65_HS1-834228961_62-HQ-83894_Section_3
Agency: FBI
Page 13
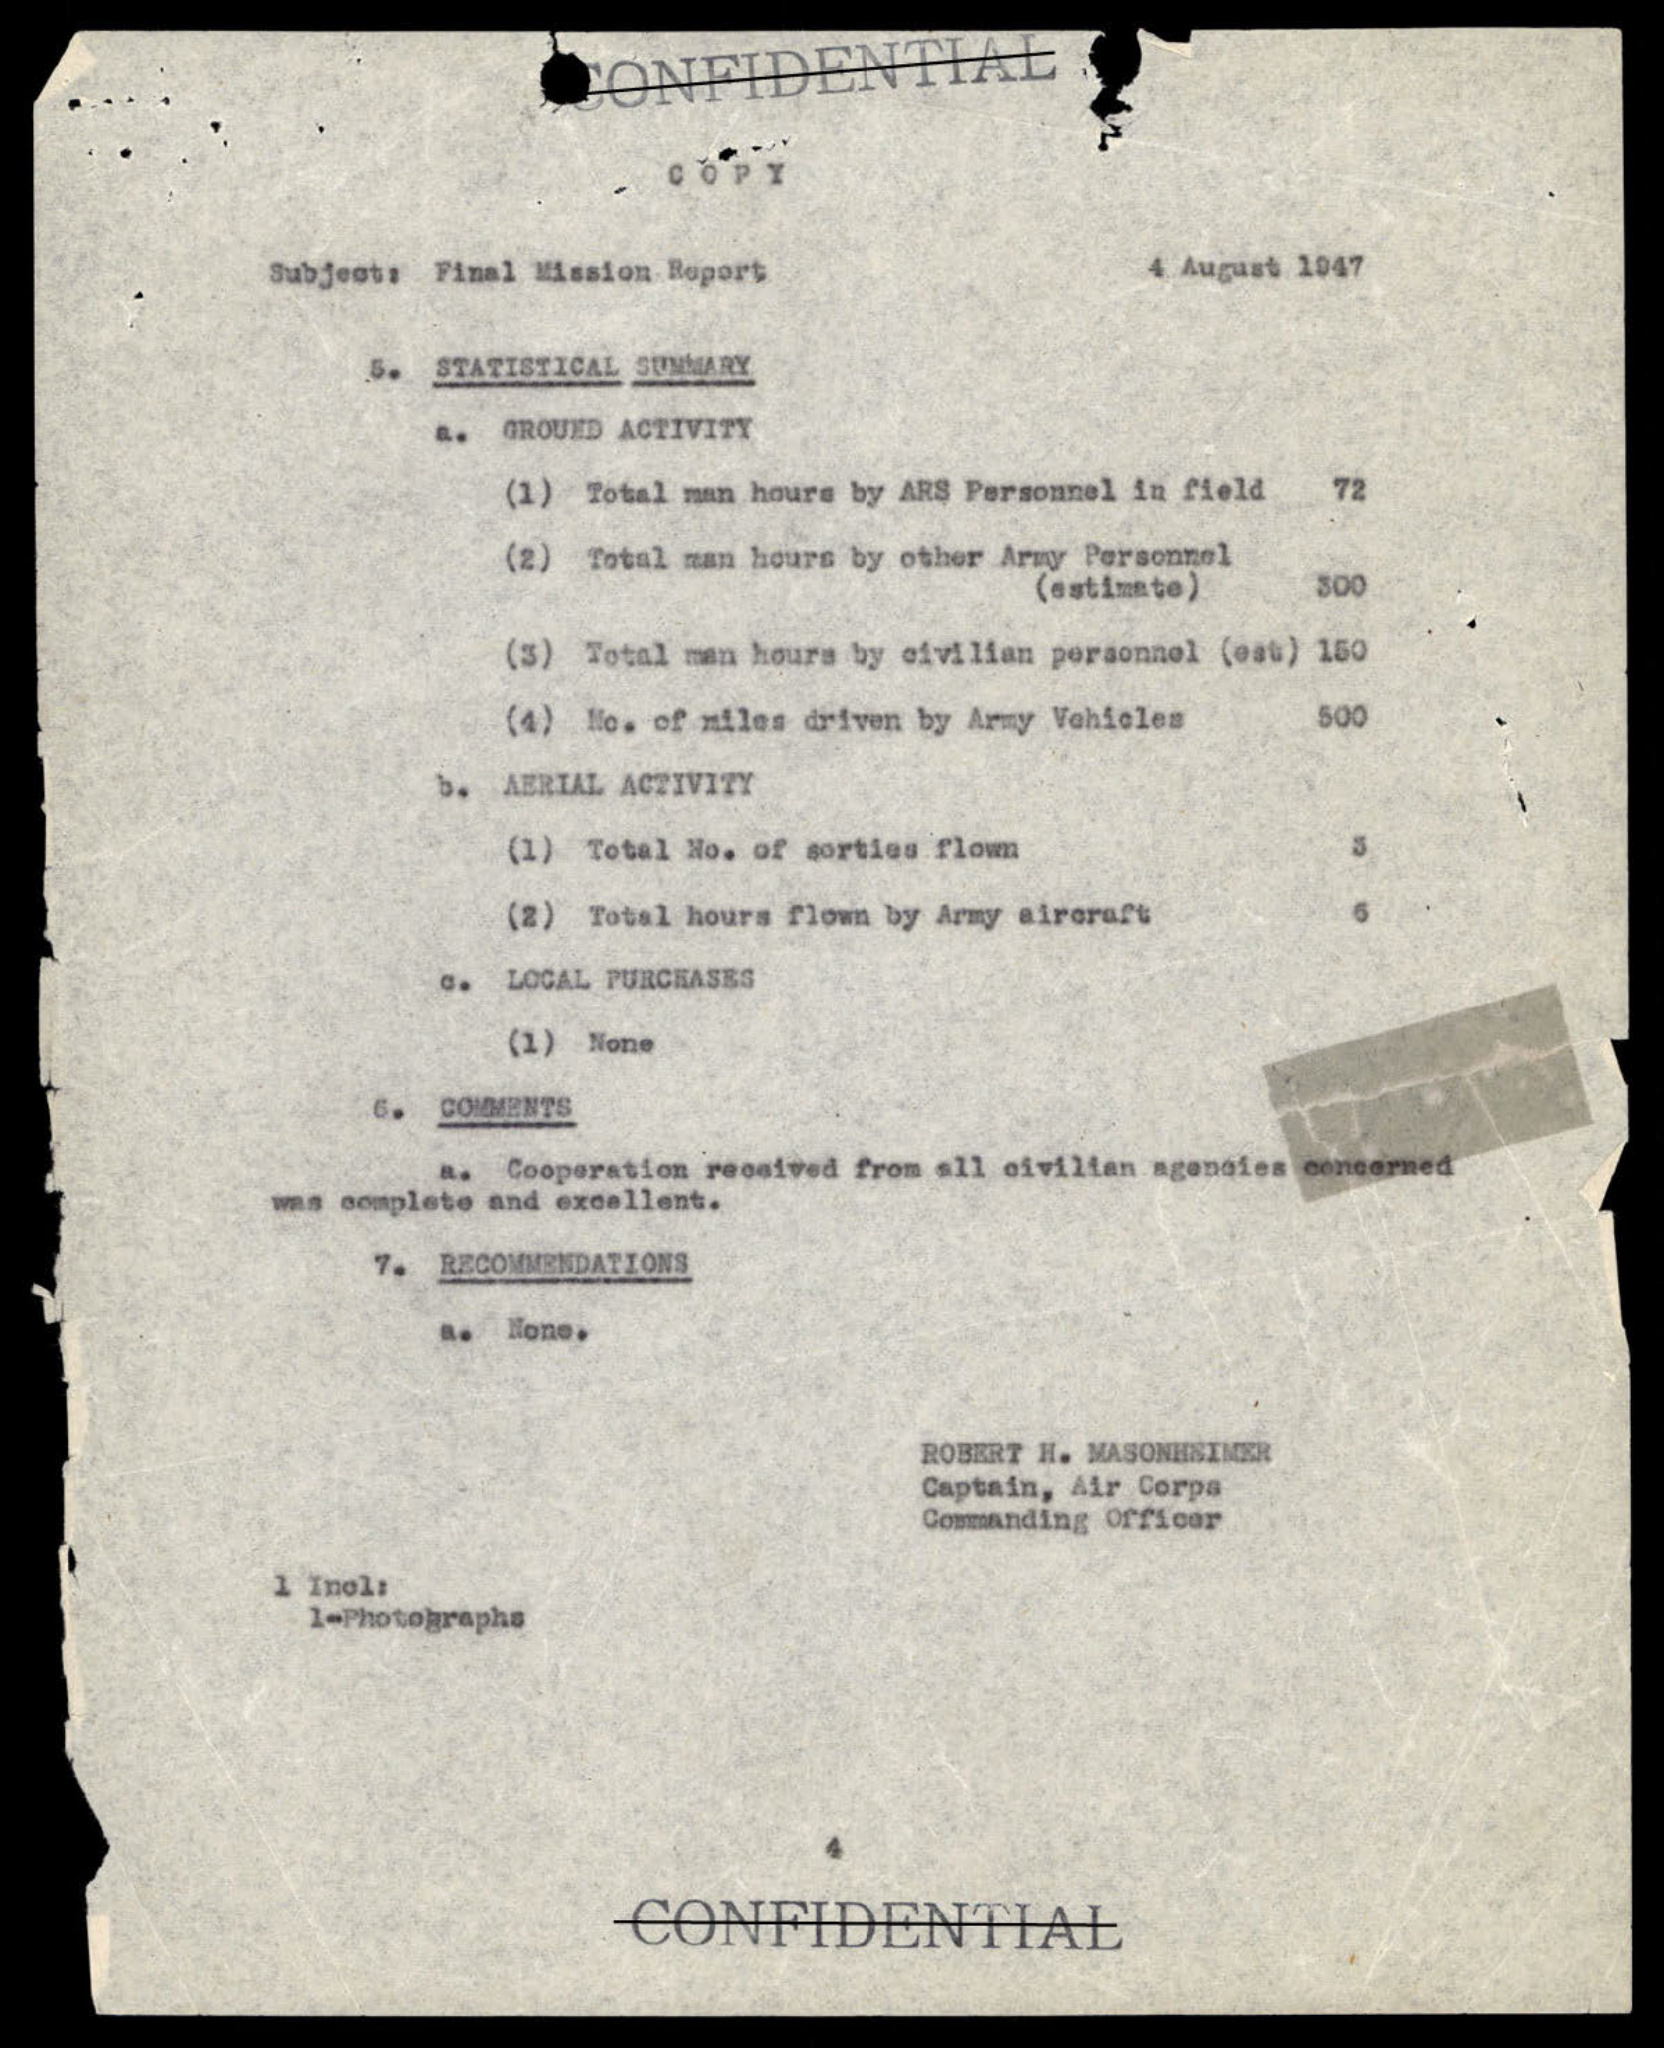